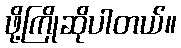
ဖို့ကြိုဆိုပါတယ်။